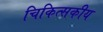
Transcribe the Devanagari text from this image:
चिकित्‍सकीय